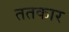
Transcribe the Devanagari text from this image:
ततकार